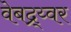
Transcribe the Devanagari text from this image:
वेबद्र्य्वर